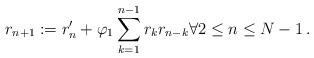
\begin{align*}r_{n+1} := r_n'+\varphi_1 \sum_{k=1}^{n-1}r_kr_{n-k}\forall 2\leq n\leq N-1\,.\end{align*}